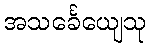
အသင်္ခေယျေသု